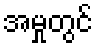
အမှုတွင်